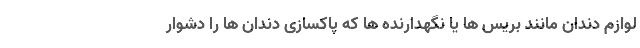
لوازم دندان مانند بریس ها یا نگهدارنده ها که پاکسازی دندان ها را دشوار